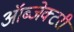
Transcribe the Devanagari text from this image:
ऑब्जेक्टरी